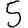
Digit: 5